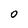
Character: 0